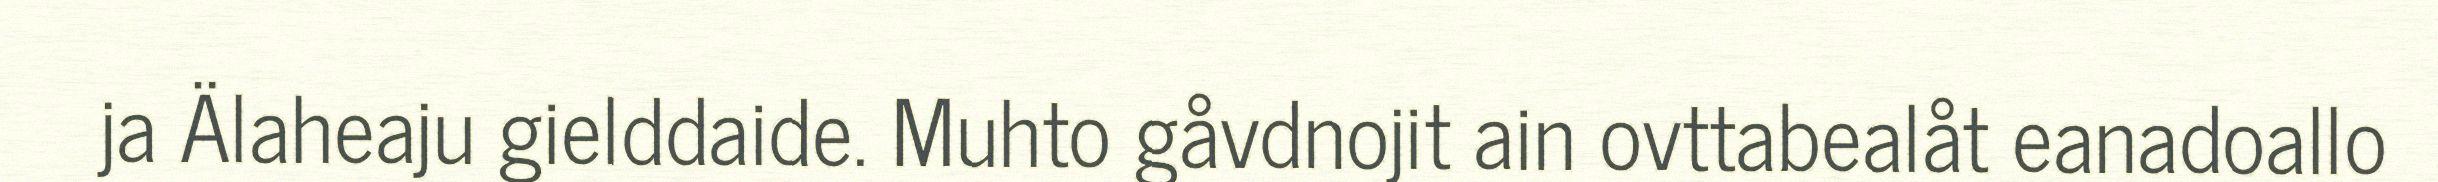
ja Älaheaju gielddaide. Muhto gåvdnojit ain ovttabealåt eanadoallo